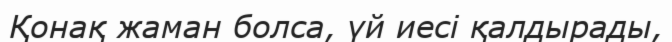
Қонақ жаман болса, үй иесі қалдырады,